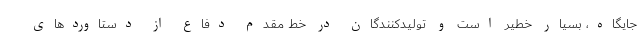
جایگاه، بسیار خطیر است و تولیدکنندگان در خط مقدم دفاع از دستاوردهای